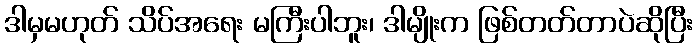
ဒါမှမဟုတ် သိပ်အရေး မကြီးပါဘူး၊ ဒါမျိုးက ဖြစ်တတ်တာပဲဆိုပြီး